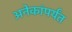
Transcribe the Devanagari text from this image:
अनेकांपर्यंत